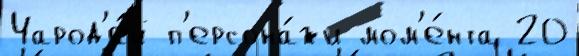
Чарод'е́й п'ерсона́жи мом'е́нта 20